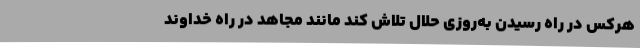
هرکس در راه رسیدن به‌روزی حلال تلاش کند مانند مجاهد در راه خداوند